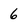
Character: 6